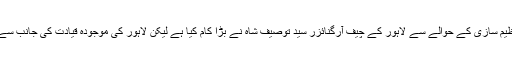
ذرائع کا کہنا ہے لاہور کی تنظیم سازی کے حوالے سے لاہور کے چیف آرگنائزر سید توصیف شاہ نے بڑا کام کیا ہے لیکن لاہور کی موجودہ قیادت کی جانب سے کچھ رکاوٹیں پیش آ رہی ہیں۔